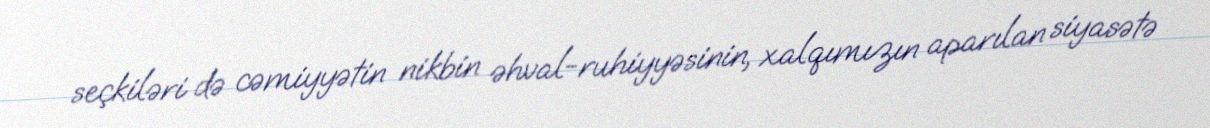
seçkiləri də cəmiyyətin nikbin əhval-ruhiyyəsinin, xalqımızın aparılan siyasətə